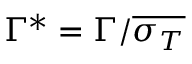
\Gamma ^ { * } = \Gamma / \overline { { \sigma _ { T } } }